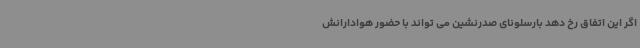
اگر این اتفاق رخ دهد بارسلونای صدرنشین می تواند با حضور هوادارانش